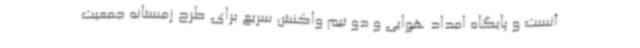
آنست و پایگاه امداد هوایی و دو تیم واکنش سریع برای طرح زمستانه جمعیت